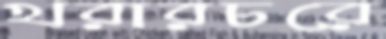
খরারচরে